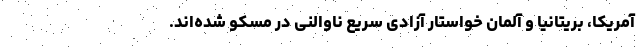
آمریکا، بریتانیا و آلمان خواستار آزادی سریع ناوالنی در مسکو شده‌اند.